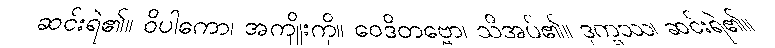
ဆင်းရဲ၏။ ဝိပါကော၊ အကျိုးကို။ ဝေဒိတဗ္ဗော၊ သိအပ်၏။ ဒုက္ခဿ၊ ဆင်းရဲ၏။